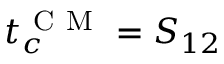
t _ { c } ^ { \mathrm { ~ C ~ M ~ } } = S _ { 1 2 }